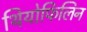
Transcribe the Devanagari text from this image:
थियोफिलिन